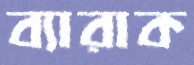
ব্যারাক